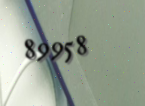
89958